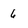
Character: 6